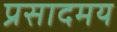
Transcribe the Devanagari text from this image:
प्रसादमय